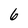
Character: 6